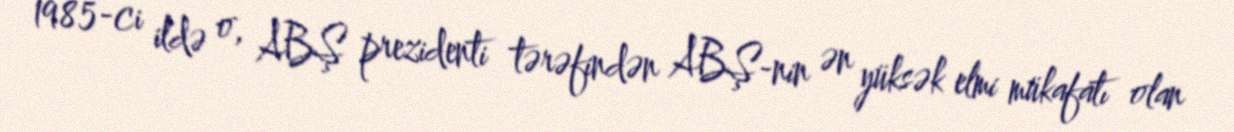
1985-ci ildə o, ABŞ prezidenti tərəfindən ABŞ-nin ən yüksək elmi mükafatı olan